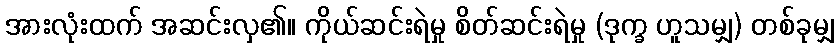
အားလုံးထက် အဆင်းလှ၏။ ကိုယ်ဆင်းရဲမှု စိတ်ဆင်းရဲမှု (ဒုက္ခ ဟူသမျှ) တစ်ခုမျှ